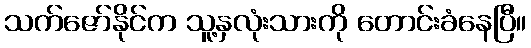
သက်ဇော်နိုင်က သူ့နှလုံးသားကို တောင်းခံနေပြီ။